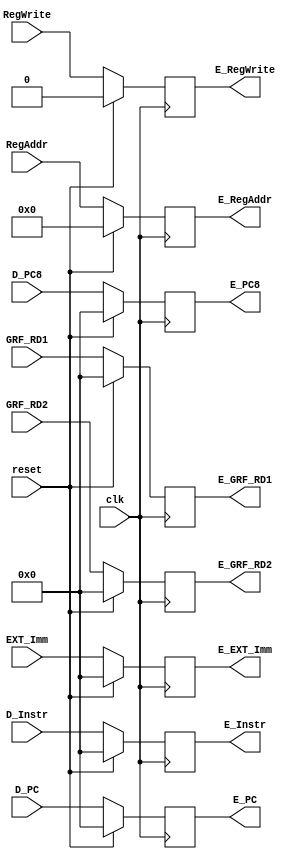
`timescale 1ns / 1ps
module E_register (
    input [31:0] D_Instr,
    input [31:0] D_PC,
    input [31:0] D_PC8,
    input [31:0] GRF_RD1,
    input [31:0] GRF_RD2,
    input [31:0] EXT_Imm,
    input [4:0] RegAddr,
    input RegWrite,
    input clk,
    input reset,
    output [31:0] E_Instr,//E
    output [31:0] E_PC,
    output [31:0] E_PC8,
    output [31:0] E_GRF_RD1,
    output [31:0] E_GRF_RD2,
    output [31:0] E_EXT_Imm,
    output E_RegWrite,
    output [4:0] E_RegAddr
);
   
   reg [31:0] instr, pc, pc8, rd1, rd2, ext_imm;
   reg [4:0] regaddr;
   reg regwrite;

   initial begin
       instr = 0;
       pc = 0;
       pc8 = 0;
       rd1 = 0;
       rd2 = 0;
       regaddr = 0;
       regwrite = 0;
       ext_imm = 0;
   end

   always @(posedge clk) begin
       if(reset == 1)begin
           instr <= 0;
           pc <= 0;
           pc8 <= 0;
           rd1 <= 0;
           rd2 <= 0;
           regaddr <= 0;
           regwrite <= 0;
           ext_imm <= 0;
       end
       else begin
           instr <= D_Instr;
           pc <= D_PC;
           pc8 <= D_PC8;
           rd1 = GRF_RD1;
           rd2 <= GRF_RD2;
           regaddr <= RegAddr;
           regwrite <= RegWrite;
           ext_imm <= EXT_Imm;
       end
   end

   assign E_Instr = instr;
   assign E_PC = pc;
   assign E_PC8 = pc8;
   assign E_GRF_RD1 = rd1;
   assign E_GRF_RD2 = rd2;
   assign E_EXT_Imm = ext_imm;
   assign E_RegAddr = regaddr;
   assign E_RegWrite = regwrite; 
endmodule